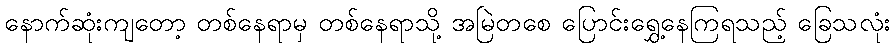
နောက်ဆုံးကျတော့ တစ်နေရာမှ တစ်နေရာသို့ အမြဲတစေ ပြောင်းရွှေ့နေကြရသည့် ခြေသလုံး